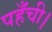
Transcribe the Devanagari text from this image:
पहँची।